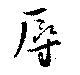
辱